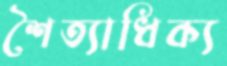
শৈত্যাধিক্য